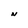
Character: N